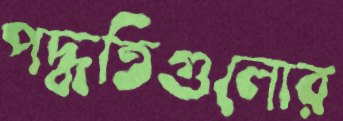
পদ্ধতিগুলোর